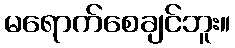
မရောက်စေချင်ဘူး။